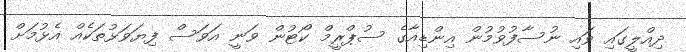
ދިއްލީގައި ވައި ނުސާފުވުމުން އިންޑިއާގެ ސުޕްރީމް ކޯޓުން ވަނީ އަވަސް ފިޔަވަޅުތަކެއް އެޅުމަށް